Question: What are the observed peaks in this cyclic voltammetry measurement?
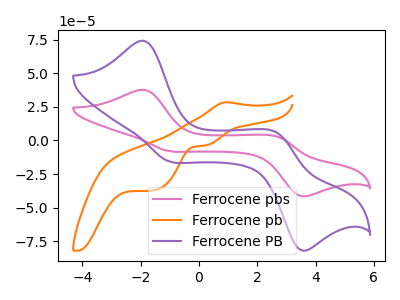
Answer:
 <answer>The pink curve "Ferrocene pbs" has anodic peaks at (-1.90V, 37.60uA) (2.65V, 2.90uA) and cathodic peaks at (-1.05V, -7.85uA) (3.50V, -41.25uA). The orange curve "Ferrocene pb" has an anodic peak at (0.95V, 28.35uA) and cathodic peaks at (0.20V, -3.75uA) (-1.55V, -37.10uA). The purple curve "Ferrocene PB" has anodic peaks at (-1.90V, 74.10uA) (2.65V, 5.75uA) and cathodic peaks at (-1.05V, -15.50uA) (3.50V, -81.30uA).</answer>
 <eval></eval>